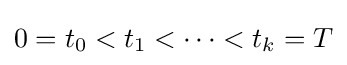
0=t_{0}<t_{1}<\dots <t_{k}=T